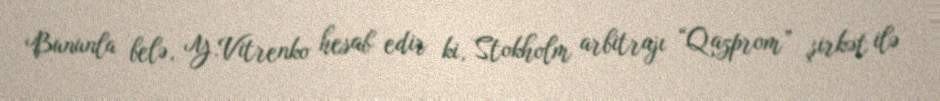
Bununla belə, Y.Vitrenko hesab edir ki, Stokholm arbitrajı “Qazprom” şirkət ilə